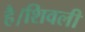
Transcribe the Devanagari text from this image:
है।शिवली